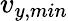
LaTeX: v_{y,min}